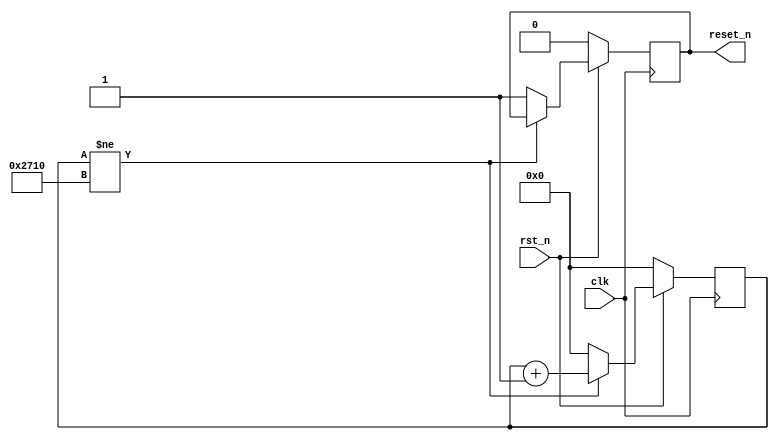
`timescale 1ns / 1ps
//////////////////////////////////////////////////////////////////////////////////
// Company: 
// Engineer: 
// 
// Design Name: 
// Module Name: reset_n
// Project Name: 
// Target Devices: 
// Tool Versions: 
// Description: 
// 
// Dependencies: 
// 
// Revision:
// Revision 0.01 - File Created
// Additional Comments:
// 
//////////////////////////////////////////////////////////////////////////////////


module reset_n_rst
#(
  parameter SIMULATION = 1'b0
  )
(

input          clk,
input          rst_n,

output   reg   reset_n = 0  // 10000 

    );

parameter RESET_TIMER_MS = 10000;
parameter TIMER_MAX = SIMULATION ? 10 : RESET_TIMER_MS;

reg [13:0] count = 'b0;

always @(posedge clk) begin
    if (rst_n) begin
        if (count != TIMER_MAX)
            count <= count + 'b1;
        else begin
            reset_n <= 1;
            count <= 0;
        end
    end
    else begin
            reset_n <= rst_n;
            count <= 0;
    end
end

endmodule